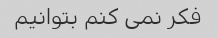
فکر نمی کنم بتوانیم